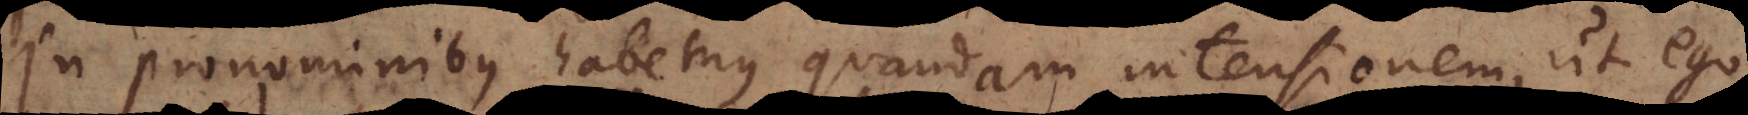
In pronominibus habemus quandam intensionem, ut ego,